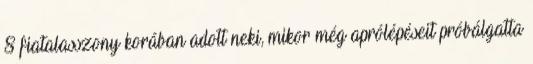
8 fiatalasszony korában adott neki, mikor még aprólépéseit próbálgatta